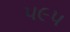
૫૯૫